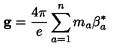
{ \bf g } = { \frac { 4 \pi } { e } } \sum _ { a = 1 } ^ { n } m _ { a } { \mathrm { \boldmath \beta } } _ { a } ^ { * }